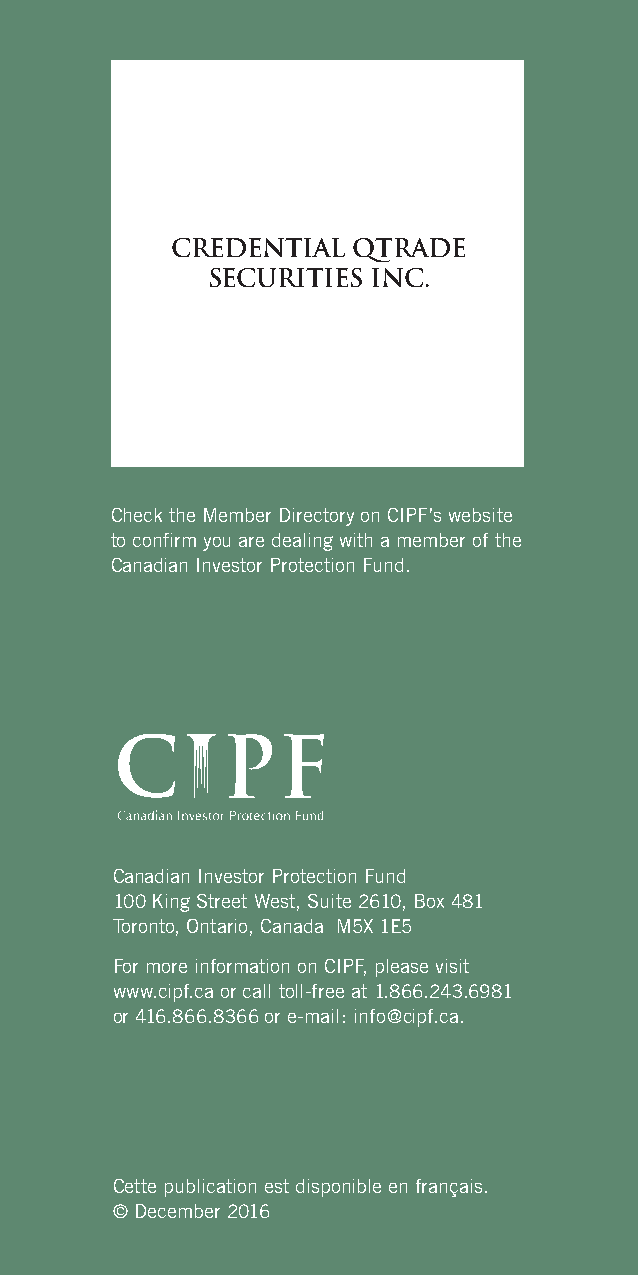
CREDENTIAL  QTRADE
 SECURITIES INC.
 Check the Member Directory on CIPF’s website
 to confirm you are dealing with a member of the
 Canadian Investor Protection Fund.
 Canadian Investor Protection Fund
 100 King Street West, Suite 2610, Box 481
 Toronto, Ontario, Canada M5X 1E5
 For more information on CIPF, please visit
 www.cipf.ca or call toll-free at 1.866.243.6981
 or 416.866.8366 or e-mail: info@cipf.ca.
 Cette publication est disponible en français.
 © December 2016